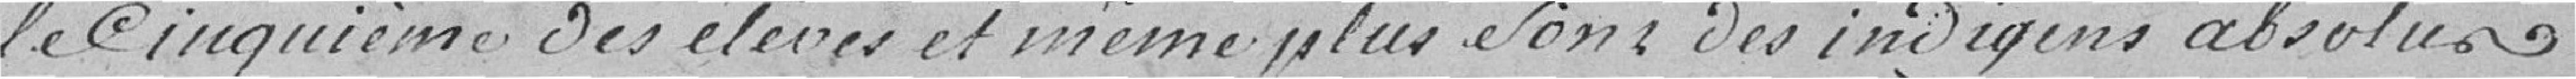
le cinquième des élèves et même plus sont des indigents absolus